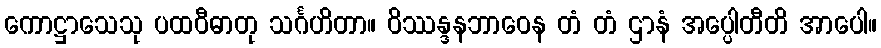
ကောဋ္ဌာသေသု ပထဝီဓာတု သင်္ဂဟိတာ။ ဝိဿန္ဒနဘာဝေန တံ တံ ဌာနံ အပ္ပေါတီတိ အာပေါ။